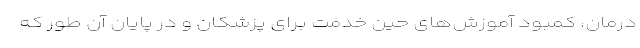
درمان، کمبود آموزش‌های حین خدمت برای پزشکان و در پایان آن‌ طور که